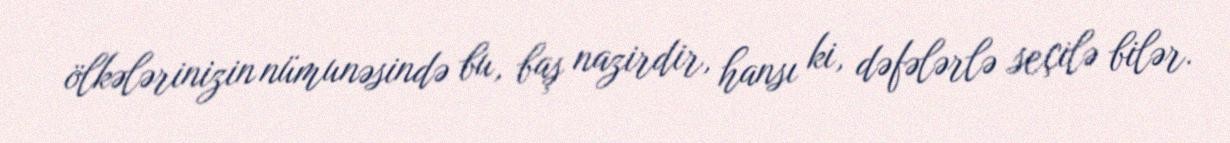
ölkələrinizin nümunəsində bu, baş nazirdir, hansı ki, dəfələrlə seçilə bilər.